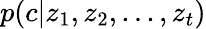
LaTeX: p(c|z_{1},z_{2},...,z_{t})